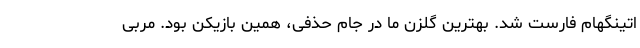
اتینگهام فارست شد. بهترین گلزن ما در جام حذفی، همین بازیکن بود. مربی